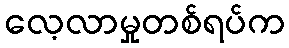
လေ့လာမှုတစ်ရပ်က